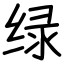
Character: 绿